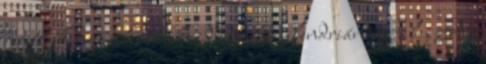
reméljük nem a korán kezdődő írói slendriánság jele. Az